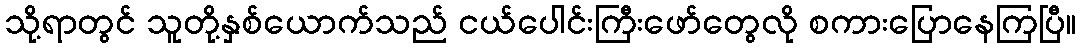
သို့ရာတွင် သူတို့နှစ်ယောက်သည် ငယ်ပေါင်းကြီးဖော်တွေလို စကားပြောနေကြပြီ။